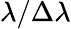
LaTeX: \lambda/\Delta\lambda